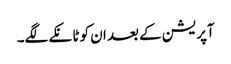
آپریشن کے بعد ان کو ٹانکے لگے۔